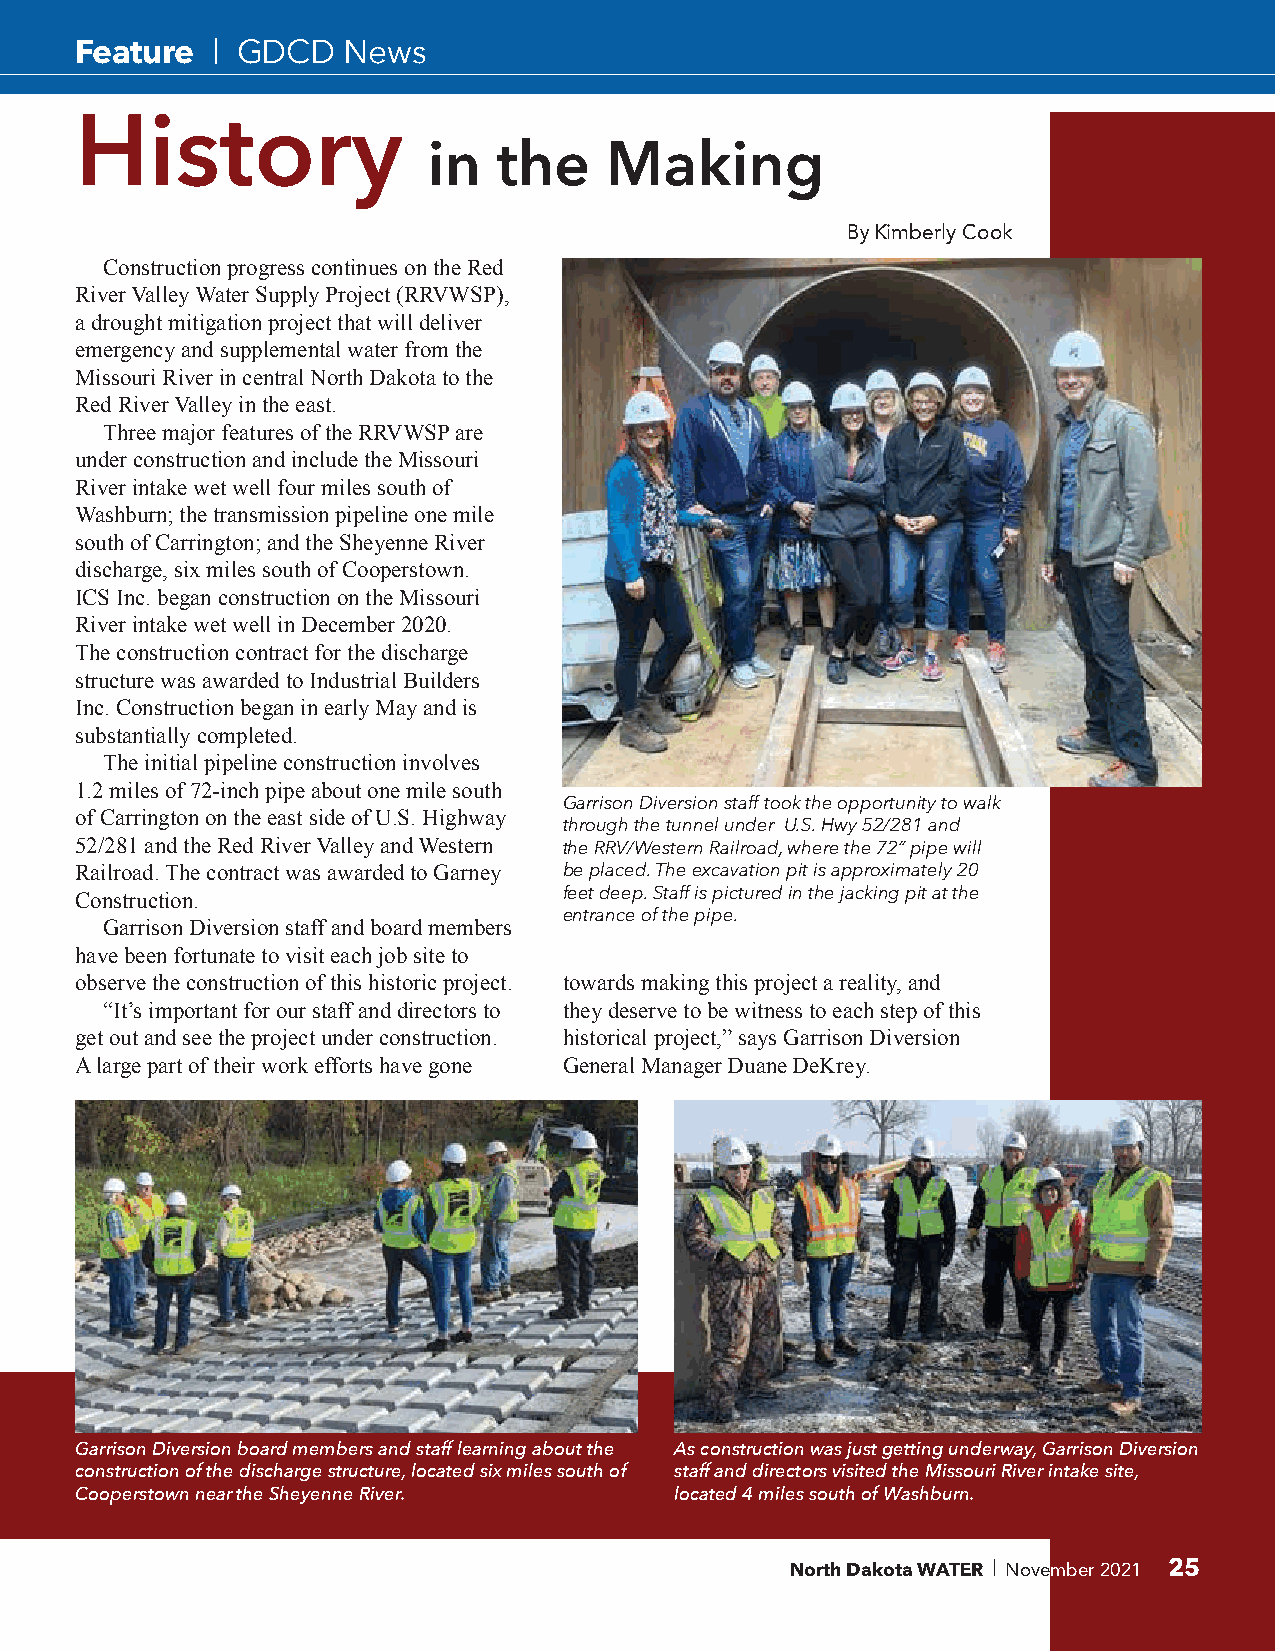
Feature  | GDCD   News
 History
 in   the    Making
 By Kimberly Cook
 Construction progress continues on the Red
 River Valley Water Supply Project (RRVWSP),
 a drought mitigation project that will deliver
 emergency and supplemental water from the
 Missouri River in central North Dakota to the
 Red River Valley in the east.
 Three major features of the RRVWSP are
 under construction and include the Missouri
 River intake wet well four miles south of
 Washburn; the transmission pipeline one mile
 south of Carrington; and the Sheyenne River
 discharge, six miles south of Cooperstown.
 ICS Inc. began construction on the Missouri
 River intake wet well in December 2020.
 The construction contract for the discharge
 structure was awarded to Industrial Builders
 Inc. Construction began in early May and is
 substantially completed.
 The initial pipeline construction involves
 1.2 miles of 72-inch pipe about one mile south
 Garrison Diversion staff took the opportunity to walk
 of Carrington on the east side of U.S. Highway
 through the tunnel under U.S. Hwy 52/281 and
 52/281 and the Red River Valley and Western the RRV/Western Railroad, where the 72” pipe will
 Railroad. The contract was awarded to Garney be placed. The excavation pit is approximately 20
 Construction.                   feet deep. Staff is pictured in the jacking pit at the
 entrance of the pipe.
 Garrison Diversion staff and board members
 have been fortunate to visit each job site to
 observe the construction of this historic project. towards making this project a reality, and
 “It’s important for our staff and directors to they deserve to be witness to each step of this
 get out and see the project under construction. historical project,” says Garrison Diversion
 A large part of their work efforts have gone General Manager Duane DeKrey.
 Garrison Diversion board members and staff learning about the As construction was just getting underway, Garrison Diversion
 construction of the discharge structure, located six miles south of staff and directors visited the Missouri River intake site,
 Cooperstown near the Sheyenne River.    located 4 miles south of Washburn.
 North Dakota WATER November 2021 25